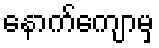
နောက်ကျောမှ